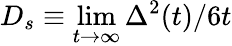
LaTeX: D_{s}\equiv\operatorname*{lim}_{t\to\infty}\Delta^{2}(t)/6t